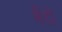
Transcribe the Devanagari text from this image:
मेंटो